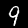
Label: 9